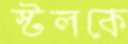
স্টলকে